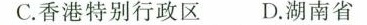
C.香港特别行政区D.湖南省